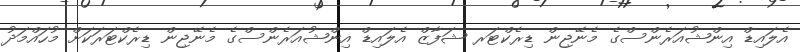
އެލައިޑް އިންޝުއަރެންސްގެ މެނޭޖިން ޑިރެކްޓަރ ޝަފާޒް އެލައިޑް އިންޝުއަރެންސްގެ މެނޭޖިން ޑިރެކްޓަރަކަށް މުހައްމަދު